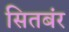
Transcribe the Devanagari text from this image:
सितबंर